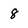
Character: 8